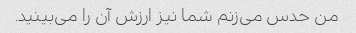
من حدس می‌زنم شما نیز ارزش آن را می‌بینید.